Report on sanitation, dispensaries, and jails in Rajputana for 1917, and on vaccination for the year 1917-1918 - 1917-1918
Year: 1917
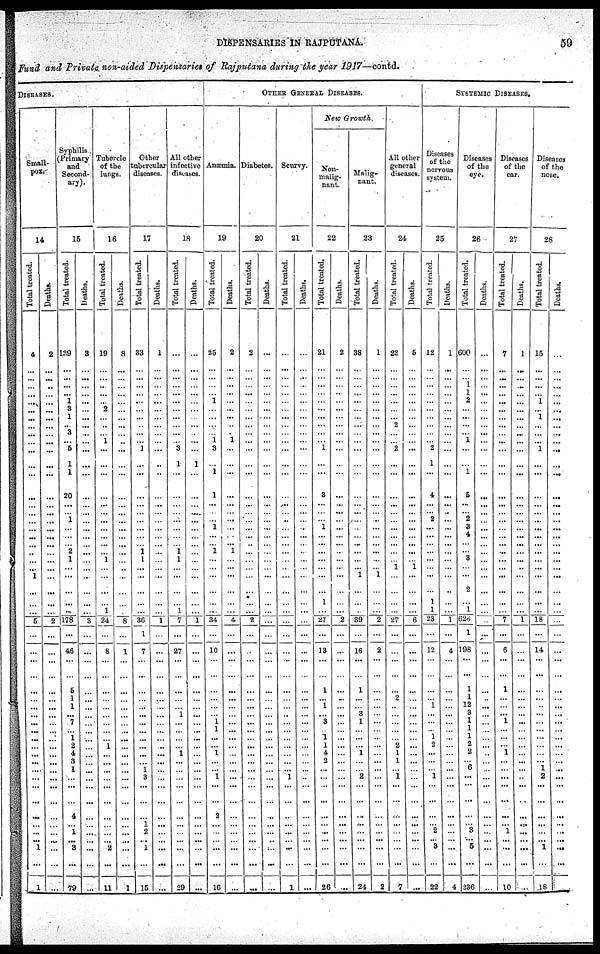
DISPENSARIES IN RAJPUTANA.
59
Fund and Private non-aided Dispensaries of Rajputana during the year 1917—contd.
DISEASES.
Small¬
pox.
14
Total treated.
4
...
...
...
...
...
...
...
...
...
...
...
...
...
...
...
...
...
...
...
...
...
...
...
1
...
...
...
5
...
...
...
...
...
...
...
...
...
...
...
...
...
...
...
...
...
...
...
...
...
... 1
...
1
Deaths.
2
...
...
...
...
...
...
...
...
...
...
...
...
...
...
...
...
...
...
...
...
...
...
...
...
...
...
...
2
...
...
...
...
...
...
...
...
...
...
...
...
...
...
...
...
...
...
...
...
...
...
...
...
...
Syphilis
(Primary
and
Second¬
ary).
15
Total treated.
139
...
...
...
... 1
3
1
...
3
...
5
1
1
20
...
... 1
...
...
...
2
1
...
...
...
...
...
178
...
46
...
...
6
1
1
... 7
... 1
2
4
3
1
...
...
...
4
...
1
... 3
...
79
Deaths.
3
...
...
...
...
...
...
...
...
...
...
...
...
...
...
...
...
...
...
...
...
...
...
...
...
...
...
...
3
...
...
...
...
...
...
...
... ...
...
...
...
...
...
...
...
...
...
...
...
...
...
...
...
...
Tubercle
of the
lungs.
16
Total treated.
19
...
...
...
...
...
2
...
...
...
1
...
...
...
...
...
...
...
...
...
...
... 1
...
...
...
...
1
24
...
8
...
...
...
...
...
... ...
...
...
1
...
...
...
...
...
...
...
...
...
... 2
...
11
Deaths.
8
...
...
...
...
...
...
...
...
...
...
...
...
...
...
...
...
...
...
...
...
...
...
...
...
...
...
...
8
...
1
...
...
...
...
...
...
...
...
...
...
...
...
...
...
...
...
...
...
...
...
...
...
1
Other
tubercular
diseases.
17
Total treated.
33
...
...
...
...
...
...
...
...
...
...
1
...
...
...
...
...
...
...
...
...
1 1
...
...
...
...
...
36
1
7
...
...
...
...
...
...
...
...
...
...
...
...
1
3
...
...
...
1
2
... 1
...
15
Deaths.
1
...
...
...
...
...
...
...
...
...
...
...
...
...
...
...
...
...
...
...
...
...
...
...
...
...
...
...
1
...
...
...
...
...
...
...
...
...
...
...
...
...
...
...
...
...
...
...
...
...
...
...
...
...
All other
infective
diseases.
18
Total treated.
...
...
...
...
...
...
...
...
...
...
...
3
1
...
...
...
...
...
...
...
...
1 1
...
...
...
...
1
7
...
27
...
...
...
...
...
1
...
...
...
...
1
...
...
...
...
...
...
...
...
...
...
...
29
Deaths.
...
...
...
...
...
...
...
...
...
...
...
...
1
...
...
...
...
...
...
...
...
...
...
...
...
...
...
...
1
...
...
...
...
...
...
...
...
...
...
...
...
...
...
...
...
...
...
...
...
...
...
...
...
...
OTHER GENERAL DISEASES.
Anæmia.
19
Total treated.
25
...
...
...
...
1
...
...
...
...
1
3
...
1
1
...
...
...
1
...
...
1
...
...
...
...
...
...
34
...
10
...
...
...
...
...
... 1
1
...
...
1
...
...
1
...
...
2
...
...
...
...
16
Deaths.
2
...
...
...
...
...
...
...
...
...
1
...
...
...
...
...
...
...
...
...
...
1
...
...
...
...
...
...
4
...
...
...
...
...
...
...
...
...
...
...
...
...
...
...
...
...
...
...
...
...
...
...
...
...
Diabetes.
20
Total treated.
2
...
...
...
...
...
...
...
...
...
...
...
...
...
...
...
...
...
...
...
...
...
...
...
...
...
...
...
2
...
...
...
...
...
...
...
...
...
...
...
...
...
...
...
...
...
...
...
...
...
...
...
...
...
Deaths.
...
...
...
...
...
...
...
...
...
...
...
...
...
...
...
...
...
...
...
...
...
...
...
...
...
...
...
...
...
...
...
...
...
...
...
...
...
...
...
...
...
...
...
...
...
...
...
...
...
...
...
...
...
...
Scurvy.
21
Total treated.
...
...
...
...
...
...
...
...
...
...
...
...
...
...
...
...
...
...
...
...
...
...
...
...
...
...
...
...
...
...
...
...
...
...
...
...
...
...
...
...
...
...
...
...
1
...
...
...
...
...
... ...
...
1
Deaths.
...
...
...
...
...
...
...
...
...
...
...
...
...
...
...
...
...
...
...
...
...
...
...
...
...
...
...
...
...
...
...
...
...
...
...
...
...
...
...
...
...
...
...
...
...
...
...
...
...
...
...
...
...
...
New Growth.
Non-
malig-
nant.
22
Total treated.
21
...
...
...
...
...
...
...
...
...
...
1
...
...
3
...
...
...
1
...
...
...
...
...
...
...
1
...
27
...
13
...
...
1
...
1
...
3
... 1
1
4
2
...
...
...
...
...
...
...
...
...
...
26
Deaths.
2
...
...
...
...
...
...
...
...
...
...
...
...
...
...
...
...
...
...
...
...
...
...
...
...
...
...
...
2
...
...
...
...
...
...
...
...
...
...
...
...
...
...
...
...
...
...
...
...
...
...
...
...
...
Malig-
nant.
23
Total treated.
38
...
...
...
...
...
...
...
...
...
...
...
...
...
...
...
...
...
...
...
...
...
...
...
1
...
...
...
39
...
16
...
...
1
...
...
8
1
...
...
...
1
...
...
2
...
...
...
...
...
...
...
...
24
Deaths.
1
...
...
...
...
...
...
...
...
...
...
...
...
...
...
...
...
...
...
...
...
...
...
...
1
...
...
...
2
...
2
...
...
...
...
...
...
...
...
...
...
...
...
...
...
...
...
...
...
...
...
...
...
2
All other
general
diseases.
24
Total treated.
22
...
...
...
...
....
...
...
2
...
... 2
...
...
...
...
...
...
...
...
...
...
...
1
...
...
...
...
27
...
...
...
...
...
2
...
...
...
...
...
2
1
1
...
1
...
...
...
...
...
...
...
...
7
Deaths.
5
...
...
...
...
...
...
...
...
...
...
...
...
...
...
...
...
...
...
...
...
...
...
1
...
...
...
...
6
...
...
...
...
...
...
...
...
...
...
...
...
...
...
...
...
...
...
...
...
...
...
...
...
...
SYSTEMIC DISEASES.
Diseases
of the
nervous
system.
25
Total treated.
12
...
...
...
...
...
...
...
...
...
...
2
1
...
4
...
... 2
...
...
...
...
...
...
...
...
1
1
23
...
12
...
...
...
...
1
...
...
... l
2
...
...
...
1
...
...
...
...
2
... 3
...
22
Deaths.
1
...
...
...
...
...
...
...
...
...
...
...
...
...
...
...
...
...
...
...
...
...
...
...
...
...
...
...
1
...
4
...
...
...
...
...
...
...
...
...
...
...
...
...
...
...
...
...
...
...
...
...
...
4
Diseases
of the
eye.
26
Total treated.
600
...
...
1
1
2
...
...
...
...
1
...
...
1
5
...
... 2
3
4
...
... 3
...
...
2
...
1
626
1
198
...
...
1
1
12
3
1
1
1
2
2
...
6
...
...
...
...
... 3
... 5
...
236
Deaths.
...
...
...
...
...
...
...
...
...
...
...
...
...
...
...
...
...
...
...
...
...
...
...
...
...
...
...
...
...
...
...
...
...
...
...
...
...
...
...
...
...
...
...
...
...
...
...
...
...
...
...
...
...
...
Diseases
of the
ear.
27
Total treated.
7
...
...
...
...
...
...
...
...
...
...
...
...
...
...
...
...
...
...
...
...
...
...
...
...
...
...
...
7
...
6
...
...
1
...
...
... 1
...
...
...
1
...
...
...
...
...
...
...
1
...
...
...
10
Deaths.
1
...
...
...
...
...
...
...
...
...
...
...
...
...
...
...
...
...
...
...
...
...
...
...
...
...
...
...
1
...
...
...
...
...
...
...
...
...
...
...
...
...
...
...
...
...
...
...
...
...
...
...
...
...
Diseases
of the
nose.
28
Total treated.
15
...
...
...
... 1
...
1
...
...
...
1
...
...
...
...
...
...
...
...
...
...
...
...
...
...
...
...
18
...
14
...
...
...
...
...
...
...
...
...
...
...
...
1
2
...
...
...
...
...
... 1
...
18
Deaths.
...
...
...
...
...
...
...
...
...
...
...
...
...
...
...
...
...
...
...
...
...
...
...
...
...
...
...
...
...
...
...
...
...
...
...
...
...
...
...
...
...
...
...
...
...
...
...
...
...
...
...
...
...
...